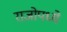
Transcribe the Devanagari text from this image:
राजोपध्ये